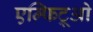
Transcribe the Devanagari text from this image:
एम्फिट्रूओ